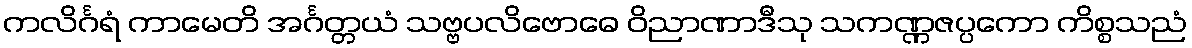
ကလိင်္ဂရံ ကာမေတိ အင်္ဂတ္တယံ သဗ္ဗပလိဗောဓေ ဝိညာဏာဒီသု သကဏ္ဏဇပ္ပကော ကိစ္စသညံ